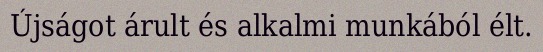
Újságot árult és alkalmi munkából élt.